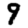
Digit: 9